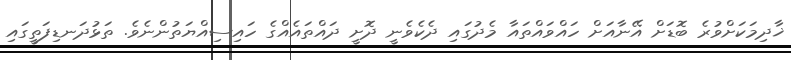
ޚާދިމަކަށްވުރެ ބޮޑަށް އޭނާއަށް ހައްވައްތައާ މެދުގައި ދެކެވެނީ ދޮށީ ދައްތައެއްގެ ހައިސިއްޔަތުންނެވެ. ތަޅުދަނޑިފަތީގައި